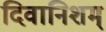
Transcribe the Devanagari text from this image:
दिवानिशम्